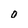
Character: 0